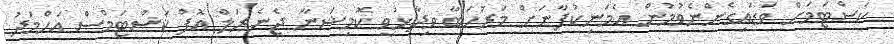
ކަސްޓަމަށް ވަޑައިގެންނެވުމުން އެމަނިކުފާނަށް މަރުހަބާ ވިދާޅުވީ ކޮމިޝަނާ ޖެނެރަލް އޮފް ކަސްޓަމްސް އަހްމަދު